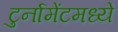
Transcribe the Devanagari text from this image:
टुर्नामेंटमध्ये